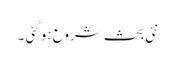
نئی بحث شروع ہوگئی ۔